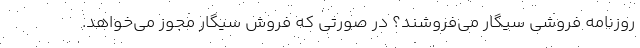
روزنامه فروشی سیگار می‌فروشند؟ در صورتی که فروش سیگار مجوز می‌خواهد.